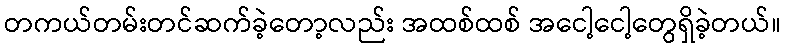
တကယ်တမ်းတင်ဆက်ခဲ့တော့လည်း အထစ်ထစ် အငေါ့ငေါ့တွေရှိခဲ့တယ်။